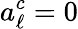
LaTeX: a_{\ell}^{c}=0